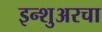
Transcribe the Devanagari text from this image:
इन्‍शुअरचा